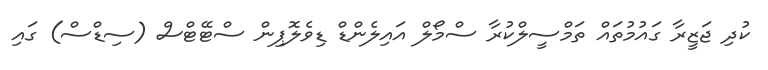
ކުދި ޖަޒީރާ ގައުމުތައް ތަމްސީލްކުރާ ސްމޯލް އައިލެންޑް ޑިވެލޮޕިން ސްޓޭޓްސް (ސިޑްސް) ގައި